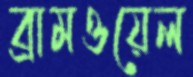
ব্রামওয়েল